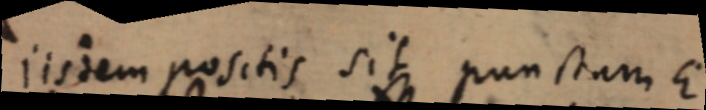
iisdem positis sit punctam E